Report of the Hyderabad Chloroform Commission
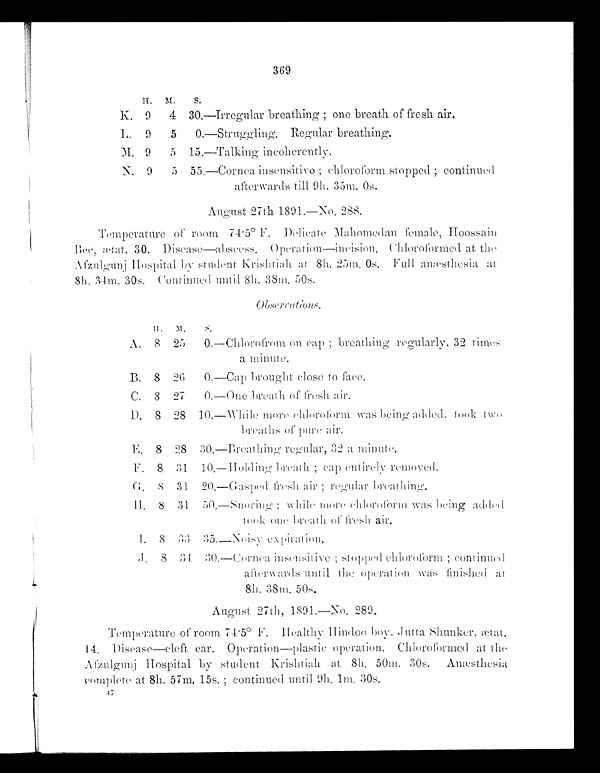
369
H.
M.
S.
K.
9
4
30.
—Irregular breathing ; one breath of fresh air.
L.
9
5
0 .
—Struggling. Regular breathing.
M. 9
5
15.
—Talking incoherently.
N.
9
5
5 5 .
—Cornea insensitive ; chloroform stopped ; continued
afterwards till. 9h. 35m. 0s.
August 27th 1891.—No. 288.
Temperature of room 74.5° F. Delicate Mahomedan female, Hoossain
Bee, ætat. 30. Disease—abscess. Operation—incision. Chloroformed at the
Afzulgunj Hospital by student Krishtiah at 8h. 25m. 0s. Full anæsthesia at
8h. 34m. 30s. Continued until 8h. 38m. 50s.
Observations.
H. M.
S.
A.
8
25
0 .
—Chlorofrom on cap ; breathing regularly, 32 times
a minute.
B.
8
26
0 .
—Cap brought cl ose t o face.
C.
8
27
0 .
—One breath of fresh air.
D.
8
2 8
1 0 .
—Whi l e mor e chl or of or m was bei ng added, t ook t wo
breaths of pure air.
E . 8 28
3 0 .
—Breathing regular, 32 a minute.
F.
8
31
1 0 .
—Holding, breath ; cap entirely removed.
G .
8
3 1
2 0 .
—Gasped fresh air ; regular breathing.
II.
8
31
5 0 .
—Snoring ; while more chloroform was being added
took one breath of fresh air.
I.
8
33
3 5 .
—Noisy expiration.
J .
8
3 4
3 0 .
—Cornea insensitive ; stopped chloroform ; c
ontinued afterwards until
the operation was finished at
8h. 38m. 50s.
August 27th, 1891.—No. 289.
Temperature of room 74.5° F. Healthy Hindoo boy. Jutta Shunker, ætat.
14. Disease—cleft ear. Operation—plastic operation. Chloroformed at the
Afzulgunj Hospital by student Krishtiah at 8h. 50m. 30s. Anæsthesia
complete at 8h. 57m. 15s. ; continued until. 9h. 1m. 30s.
47